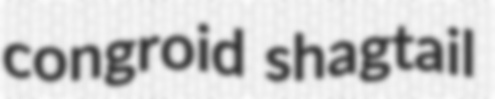
congroid shagtail